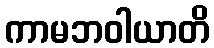
ကာမဘဝါယာတိ